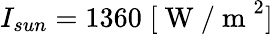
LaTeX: I_{sun}=1360\; [\mathrm{~W~/~m~}^{2}]